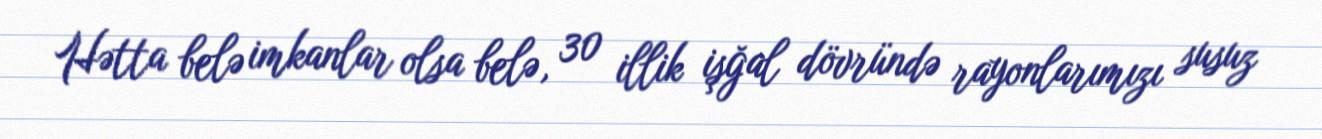
Hətta belə imkanlar olsa belə, 30 illik işğal dövründə rayonlarımızı susuz